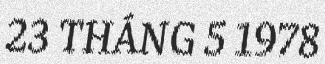
23 THÁNG 5 1978